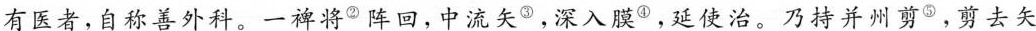
有医者，自称善外科。一裨将^{②}阵回，中流矢^{③}，深入膜^{④}，延使治。乃持并州剪^{⑤}，剪去矢